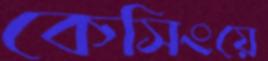
কেসিংয়ে